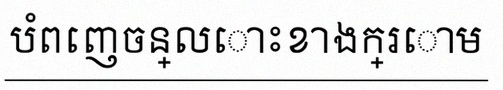
បំពេញចន្លោះខាងក្រោម